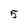
Character: 5